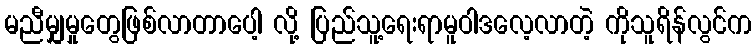
မညီမျှမှုတွေဖြစ်လာတာပေါ့ လို့ ပြည်သူ့ရေးရာမူဝါဒလေ့လာတဲ့ ကိုသူရိန်လွင်က